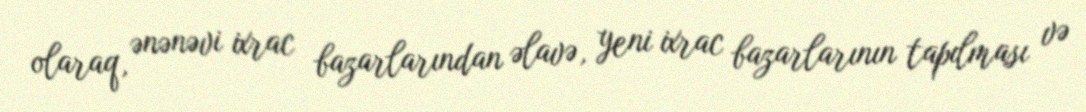
olaraq, ənənəvi ixrac bazarlarından əlavə, yeni ixrac bazarlarının tapılması və